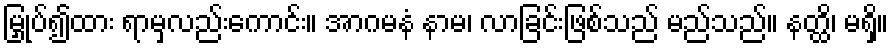
မြှုပ်၍ထား ရာမှလည်းကောင်း။ အာဂမနံ နာမ၊ လာခြင်းဖြစ်သည် မည်သည်။ နတ္ထိ၊ မရှိ။